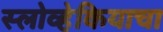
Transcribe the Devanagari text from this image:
स्लोव्हेकियाचा